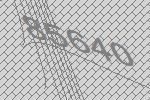
85640